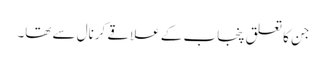
جن کا تعلق پنجاب کے علاقے کرنال سے تھا۔